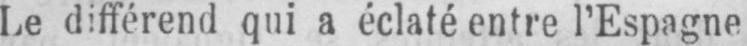
Le différend qui a éclaté entre l’Espagne